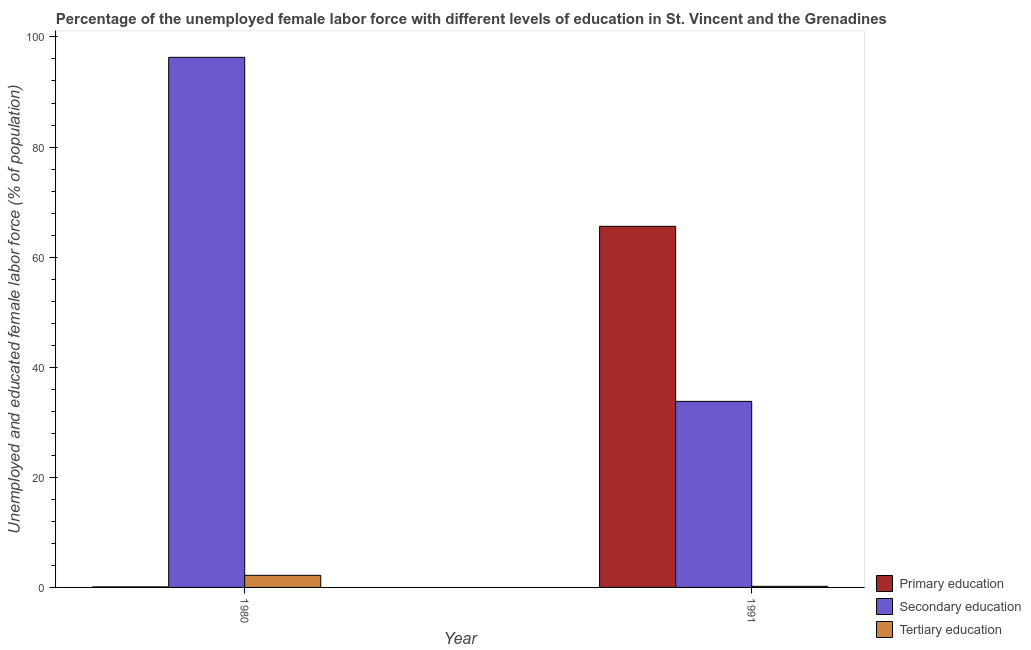
| Year | Primary education | Secondary education | Tertiary education |
 | --- | --- | --- | --- |
 | 1980 | 0.1 | 96.3 | 2.2 |
 | 1991 | 65.6 | 33.8 | 0.2 |